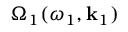
\Omega _ { 1 } ( \omega _ { 1 } , \mathbf { k } _ { 1 } )